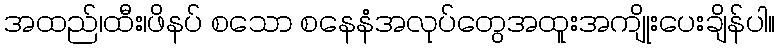
အထည်၊ထီး၊ဖိနပ် စသော စနေနံအလုပ်တွေအထူးအကျိုးပေးချိန်ပါ။